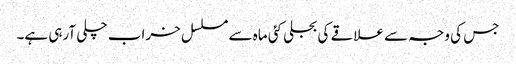
جس کی وجہ سے علاقے کی بجلی کئی ماہ سے مسلسل خراب چلی آرہی ہے۔